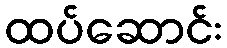
ထပ်ဆောင်း